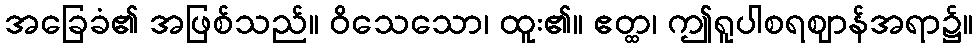
အခြေခံ၏ အဖြစ်သည်။ ဝိသေသော၊ ထူး၏။ ဧတ္ထ၊ ဤရူပါစရဈာန်အရာ၌။